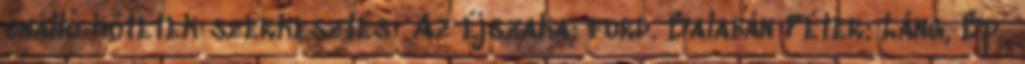
önálló kötetek szerkesztés Az éjszaka; ford. Balabán Péter; Láng, Bp.,